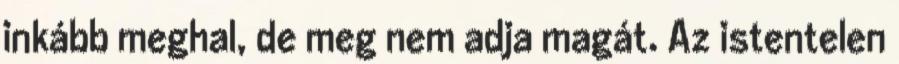
inkább meghal, de meg nem adja magát. Az istentelen